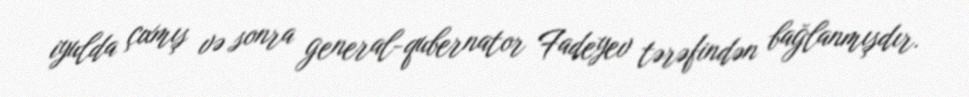
iyulda çıxmış və sonra general-qubernator Fadeyev tərəfindən bağlanmışdır.